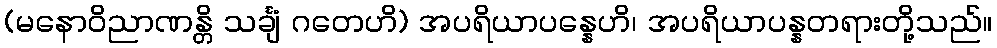
(မနောဝိညာဏန္တိ သင်္ချံ ဂတေဟိ) အပရိယာပန္နေဟိ၊ အပရိယာပန္နတရားတို့သည်။